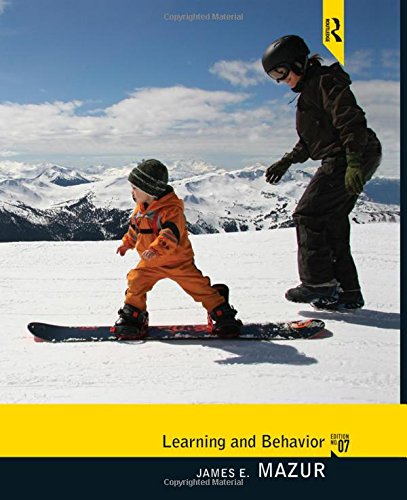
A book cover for Learning and Behavior: Seventh Edition; James E. Mazur; Medical Books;